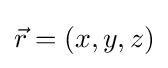
{\vec {r}}=(x,y,z)